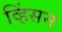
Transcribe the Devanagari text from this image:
व्हिंसन